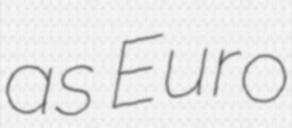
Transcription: as Euro